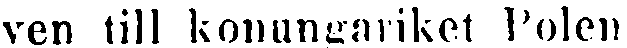
ven till konungariket Polen.